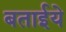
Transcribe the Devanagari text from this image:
बताईये